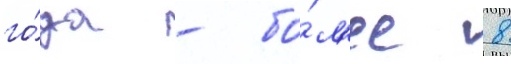
го́да - бо́л'ее 8